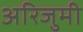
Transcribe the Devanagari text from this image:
अरिजुमी